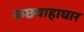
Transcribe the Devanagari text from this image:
कछवाहाघार